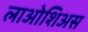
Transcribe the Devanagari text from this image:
लाओशिअस